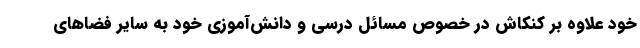
خود علاوه بر کنکاش در خصوص مسائل درسی و دانش‌آموزی خود به سایر فضاهای